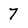
Character: 7